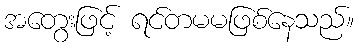
အတွေးဖြင့် ရင်တမမဖြစ်နေသည်။